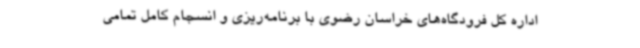
اداره کل فرودگاه‌های خراسان رضوی با برنامه‌ریزی و انسجام کامل تمامی